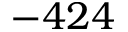
- 4 2 4